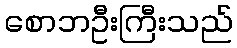
စောဘဦးကြီးသည်